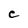
Character: C